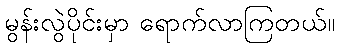
မွန်းလွဲပိုင်းမှာ ရောက်လာကြတယ်။